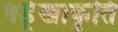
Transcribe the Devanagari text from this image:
षड्रेखाकृति